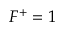
F ^ { + } = 1